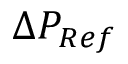
{ \Delta } P _ { R e f } \,